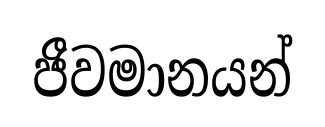
ජීවමානයන්